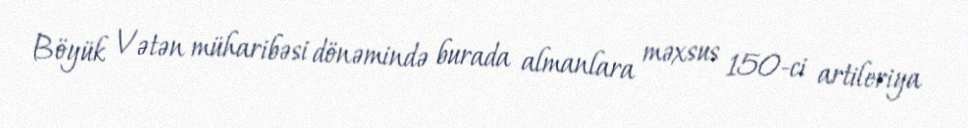
Böyük Vətən müharibəsi dönəmində burada almanlara məxsus 150-ci artileriya